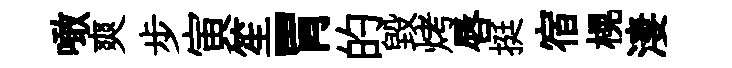
噉爽步寅笙胃的毁烤唇挺宿榥淒